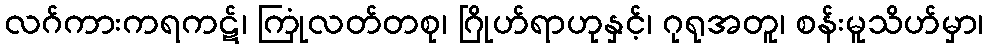
လဂ်ကားကရကဋ်၊ ကြုံလတ်တစု၊ ဂြိုဟ်ရာဟုနှင့်၊ ဂုရုအတူ၊ စန်းမူသိဟ်မှာ၊